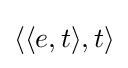
\langle \langle e,t\rangle ,t\rangle